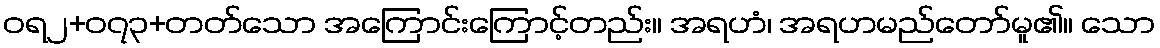
ဝရ၂+၀၇၃+တတ်သော အကြောင်းကြောင့်တည်း။ အရဟံ၊ အရဟမည်တော်မူ၏။ သော